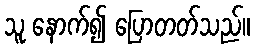
သူ နောက်၍ ပြောတတ်သည်။